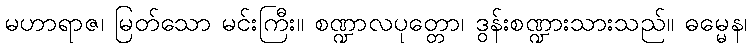
မဟာရာဇ၊ မြတ်သော မင်းကြီး။ စဏ္ဍာလပုတ္တော၊ ဒွန်းစဏ္ဍားသားသည်။ ဓမ္မေန၊